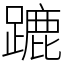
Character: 蹗